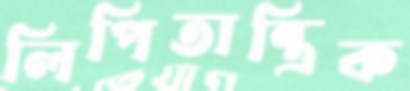
লিপিতান্ত্রিক